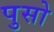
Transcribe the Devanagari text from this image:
पुसो